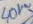
Text: 40V~